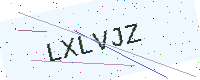
Text: LXLVJZ